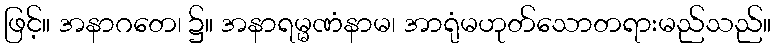
ဖြင့်။ အနာဂတေ၊ ၌။ အနာရမ္မဏံနာမ၊ အာရုံမဟုတ်သောတရားမည်သည်။